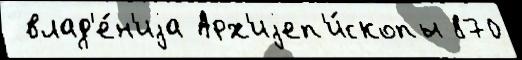
 влад'е́н'иjа Арх'иjеп'и́скопы 870